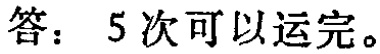
答：5次可以运完。